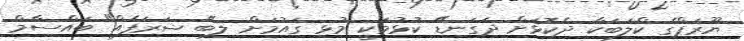
ޔޫރަޕްގެ ކްލަބަކާ ދެކޮޅަށް ދަގަނޑޭ ކުޅުމަކީ މުޅި ގައުމަށް ލިބޭ ޝަރަފެއް" ބައްސާމް